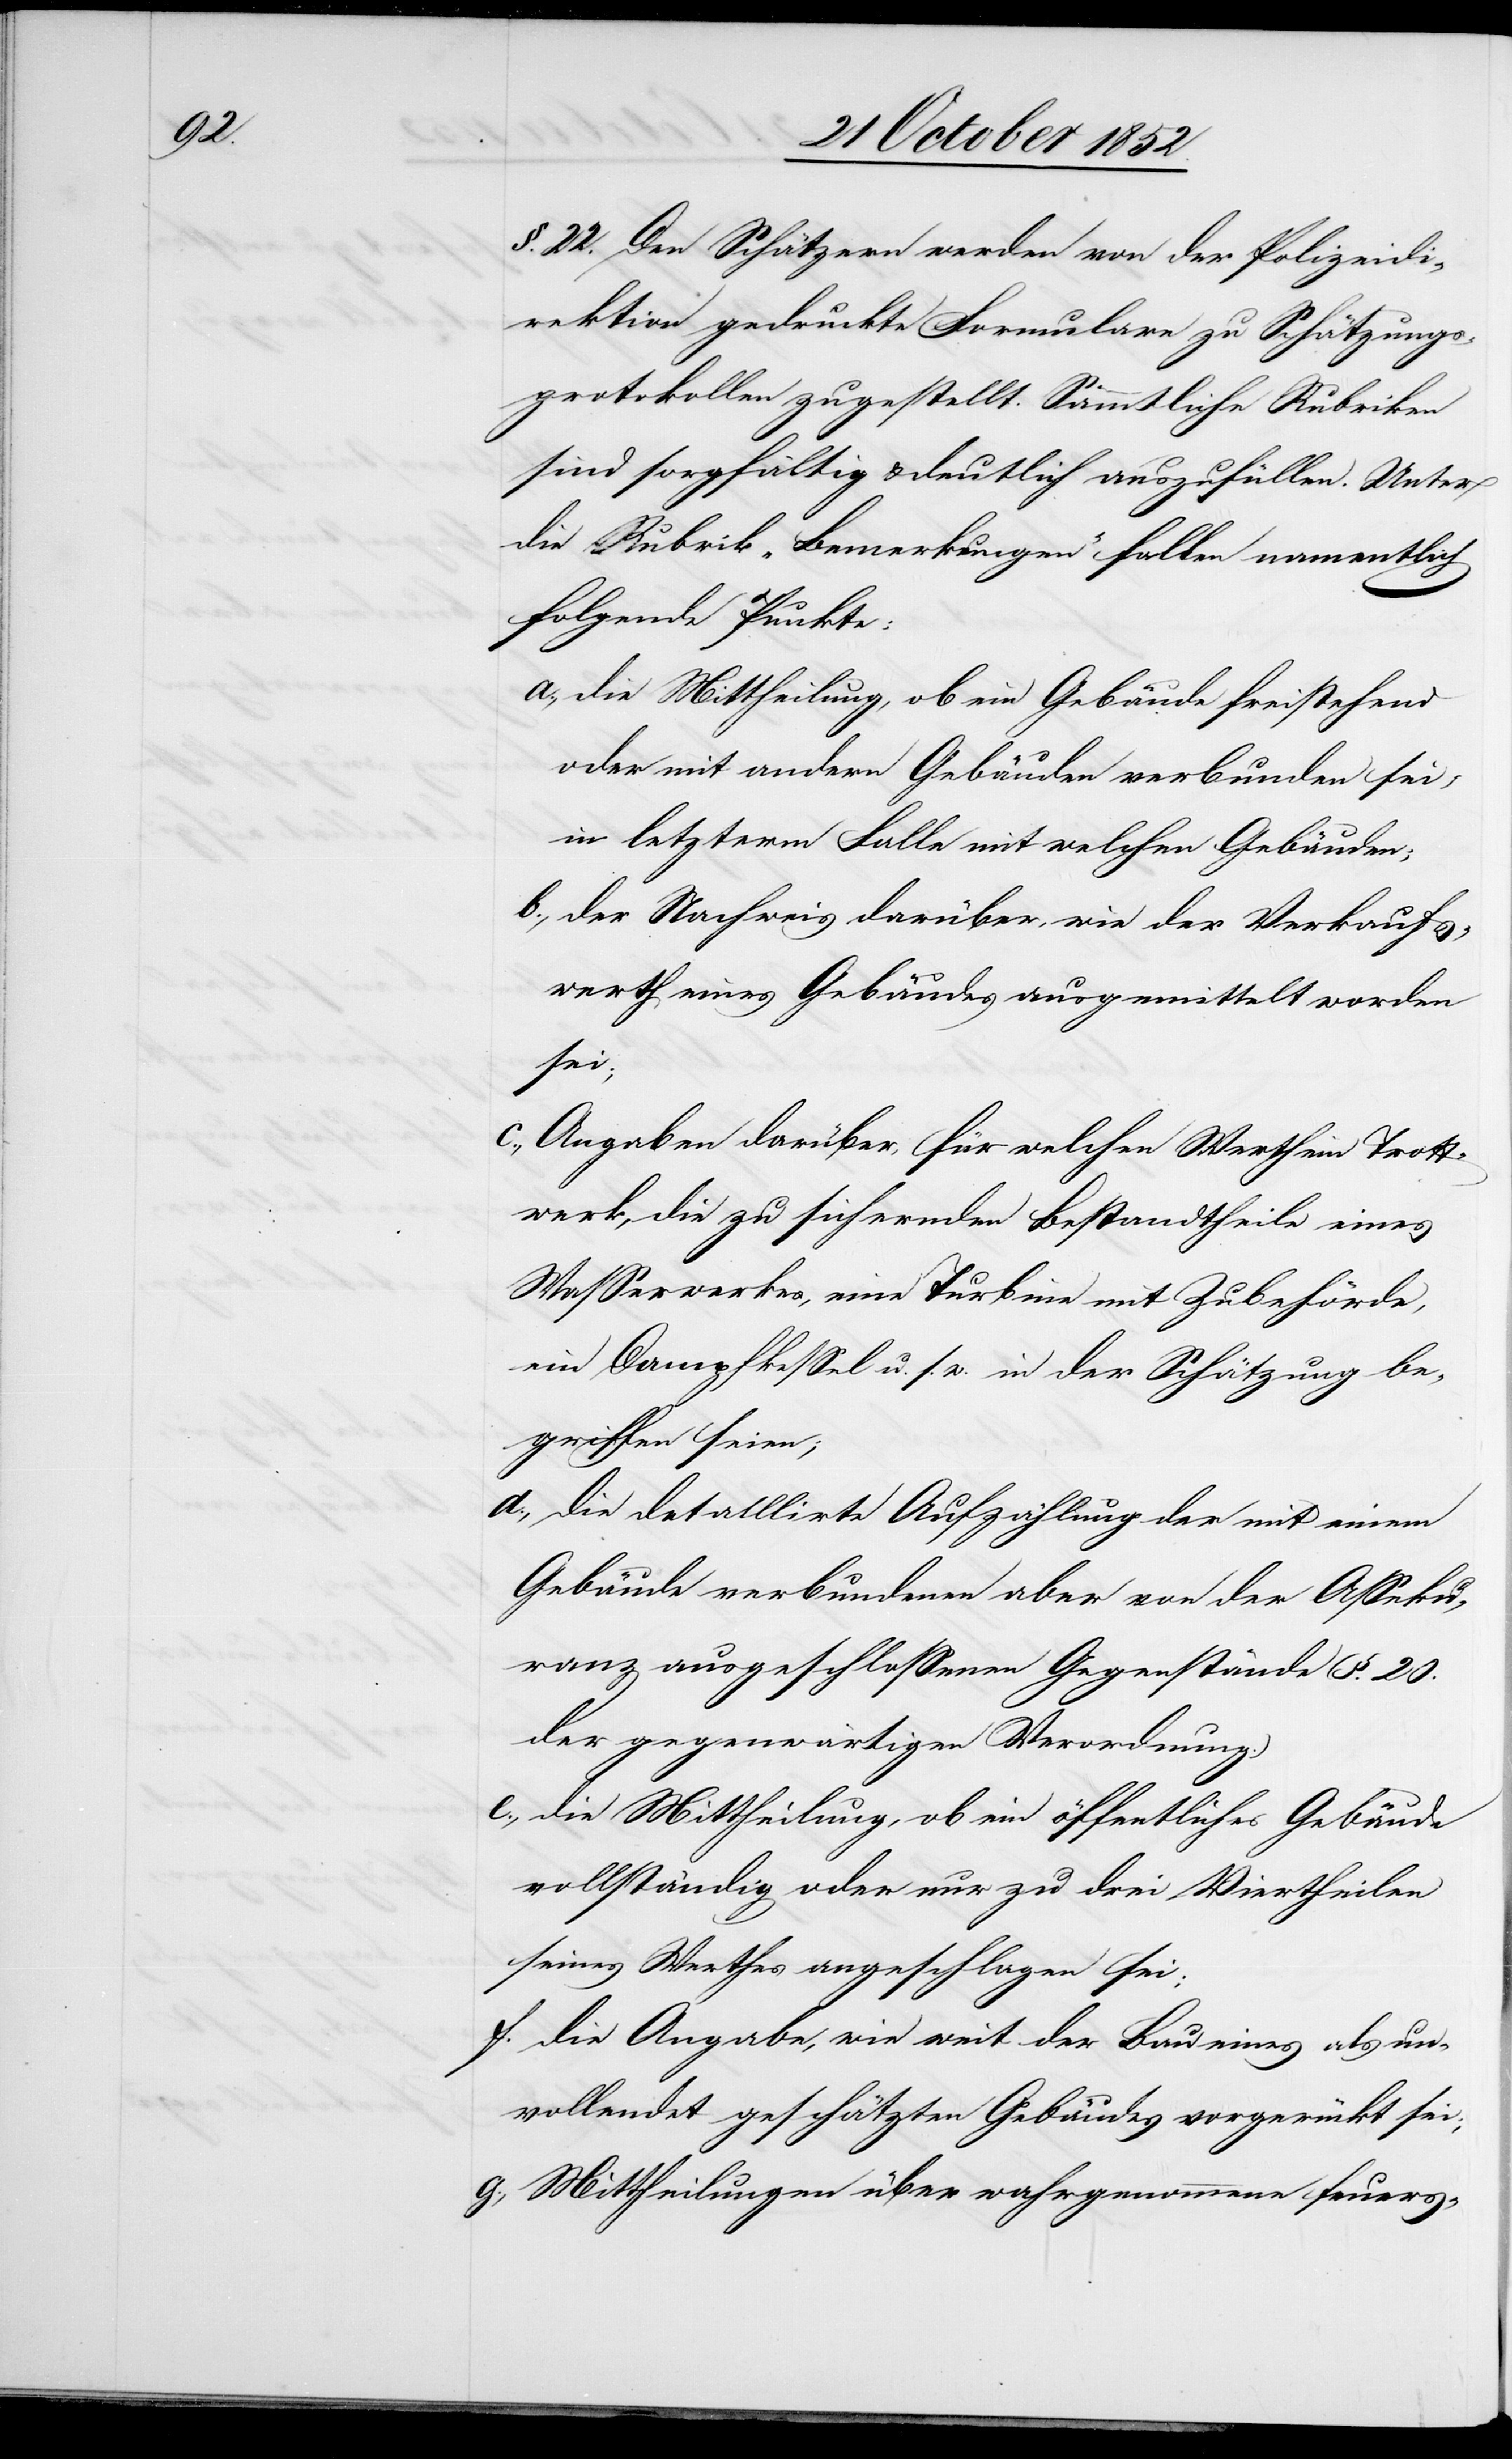
§. 22. Den Schätzern werden von der Polizeidi¬
rektion gedruckte Formulare zu Schätzungs¬
protokollen zugestellt. Sämmtliche Rubriken
sind sorgfältig & deutlich auszufüllen. Unter
die Rubrik „Bemerkungen“ fallen namentlich
folgende Punkte:
die Mittheilung, ob ein Gebäude freistehend
oder mit andern Gebäuden verbunden sei,
in letzterm Falle mit welchen Gebäuden;
der Nachweis darüber, wie der Verkaufs¬
werth eines Gebäudes ausgemittelt worden
sei;
Angaben darüber, für welchen Werth ein Trott¬
werk, die zu sichernden Bestandtheile eines
Wasserwerkes, eine Turbine mit Zubehörde,
ein Dampfkessel u. s. w. in der Schätzung be¬
griffen seien,
die detaillirte Aufzählung der mit einem
Gebäude verbundenen aber von der Asseku¬
ranz ausgeschlossenen Gegenstände (§. 20.
der gegenwärtigen Verordnung.)
die Mittheilung, ob ein öffentliches Gebäude
vollständig oder nur zu drei Viertheilen
seines Werthes angeschlagen sei;
die Angabe, wie weit der Bau eines als un¬
vollendet geschätzten Gebäudes vorgerückt sei;
Mittheilungen über wahrgenommene feuers-